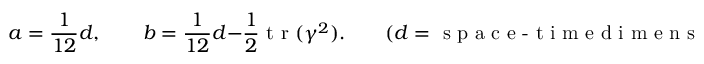
a = \frac { 1 } { 1 2 } d , \qquad b = \frac { 1 } { 1 2 } d - \frac { 1 } { 2 } \textrm { t r } ( \gamma ^ { 2 } ) . \qquad ( d = \textrm { s p a c e - t i m e d i m e n s i o n } )